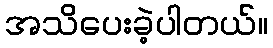
အသိပေးခဲ့ပါတယ်။